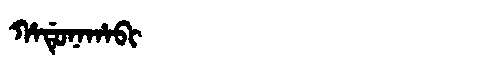
Manchu: ᡥᠠᡩᡠᠨᠠᡥᠠᠪᡳ
Romanization: HADUNAHABI